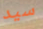
سيد